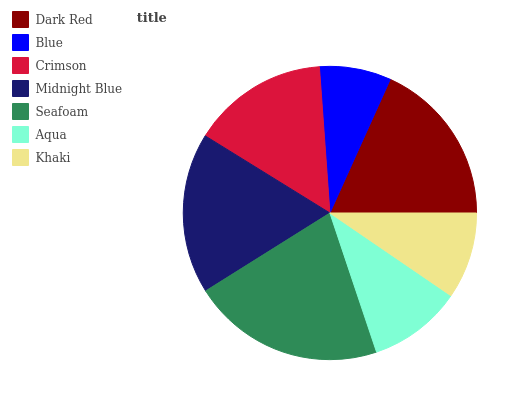
| Dark Red | Blue | Crimson | Midnight Blue | Seafoam | Aqua | Khaki |
 | --- | --- | --- | --- | --- | --- | --- |
 | 18.3% | 7.9% | 15.1% | 17.7% | 21.2% | 10.3% | 9.54% |